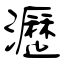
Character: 瀝